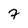
Character: 7